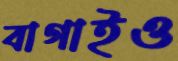
বাগাইও